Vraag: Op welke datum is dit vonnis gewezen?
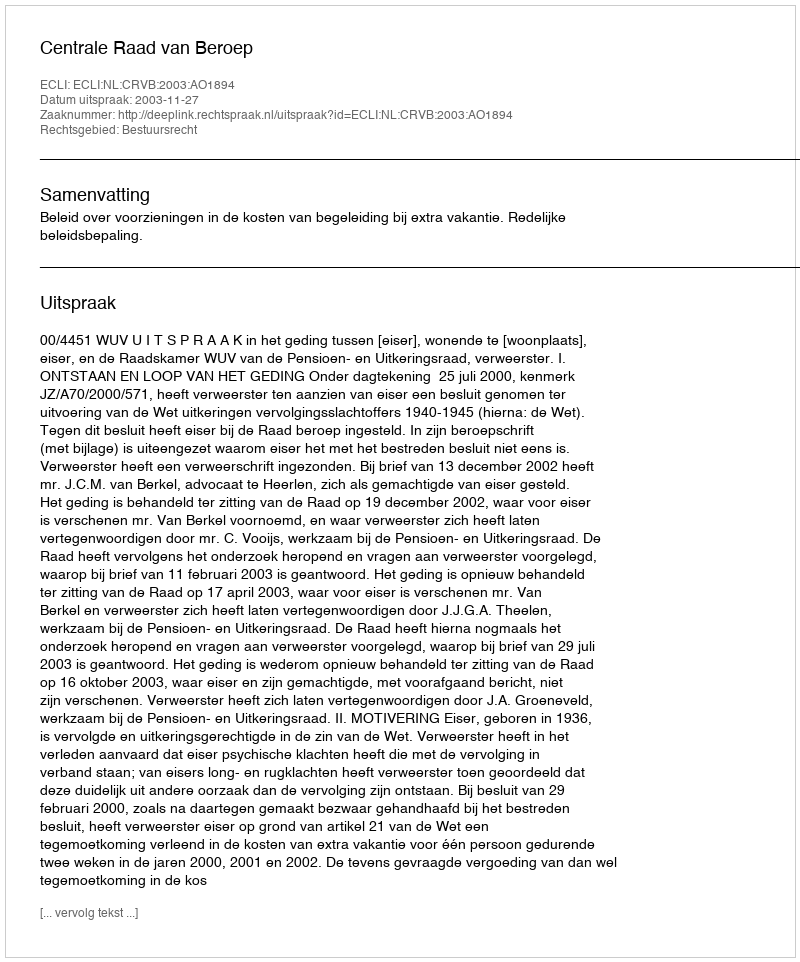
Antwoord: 2003-11-27